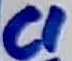
Text: C1